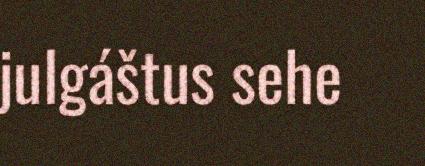
julgáštus sehe